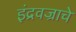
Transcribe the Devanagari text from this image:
इंद्रवज्राचे